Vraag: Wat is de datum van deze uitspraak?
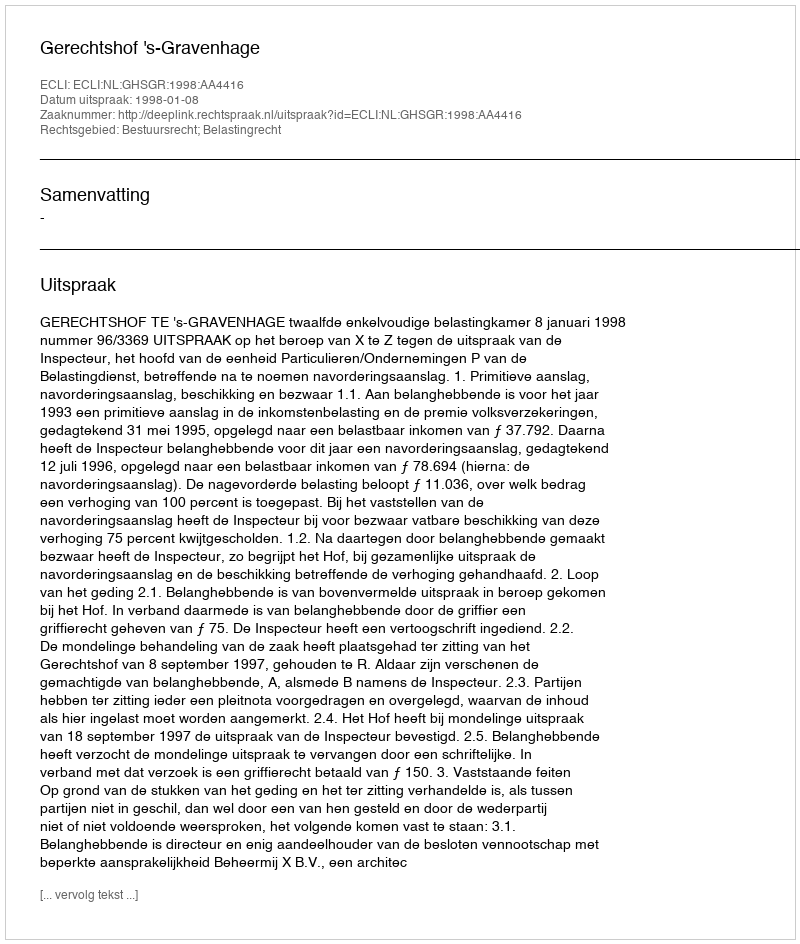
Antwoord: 1998-01-08